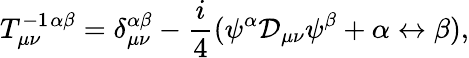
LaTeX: T_{\mu\nu}^{-1}{}^{\alpha\beta}=\delta_{\mu\nu}^{\alpha\beta}-\frac{i}{4}(\psi^{\alpha}{\cal D}_{\mu\nu}\psi^{\beta}+\alpha\leftrightarrow\beta),